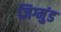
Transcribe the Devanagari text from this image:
जिग्मुंड